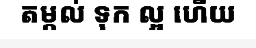
តម្កល់ ទុក ល្អ ហើយ